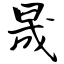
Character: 晟